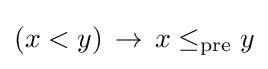
(x<y)\,\to \,x\leq _{\text{pre}}y